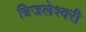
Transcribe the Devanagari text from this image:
त्रिजलेश्वरी